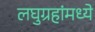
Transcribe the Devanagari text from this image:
लघुग्रहांमध्ये